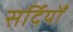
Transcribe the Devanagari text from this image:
सर्दियोँ